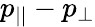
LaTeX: p_{||}-p_{\perp}